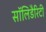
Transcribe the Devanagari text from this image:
सॉलिडैरिटी